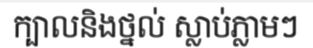
ក្បាលនិងថ្នល់ ស្លាប់ភ្លាមៗ